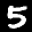
Digit: 5